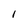
Character: l